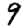
Digit: 9